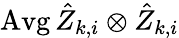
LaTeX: \operatorname{Avg}\hat{Z}_{k,i}\otimes\hat{Z}_{k,i}